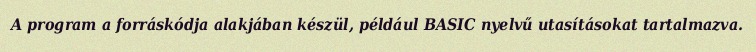
A program a forráskódja alakjában készül, például BASIC nyelvű utasításokat tartalmazva.